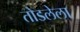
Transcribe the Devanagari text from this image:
तोडलेला